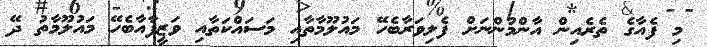
މި ފެއާގެ ތެރެއިން އާންމުންނަށް ފެލިވަރާބެހޭ މައުލޫމާތާއި މަސައްކަތާއި ވަޒީފާއާބެހޭ މައުލޫމާތު ދޭ